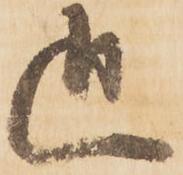
追